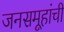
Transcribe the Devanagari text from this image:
जनसमूहांची